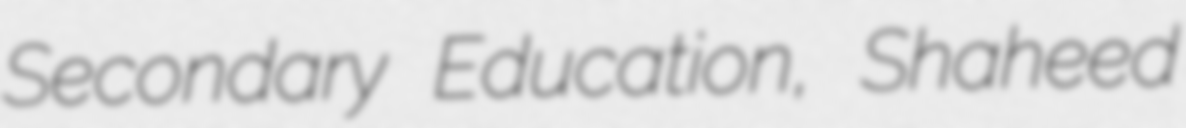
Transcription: Secondary Education, Shaheed